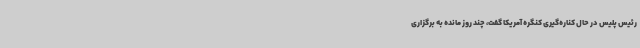
رئیس پلیس در حال کناره‌گیری کنگره آمریکا گفت، چند روز مانده به برگزاری